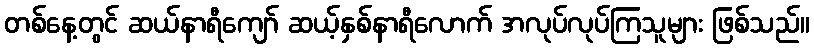
တစ်နေ့တွင် ဆယ်နာရီကျော် ဆယ့်နှစ်နာရီလောက် အလုပ်လုပ်ကြသူများ ဖြစ်သည်။